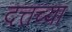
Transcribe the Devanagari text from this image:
दत्तच्या